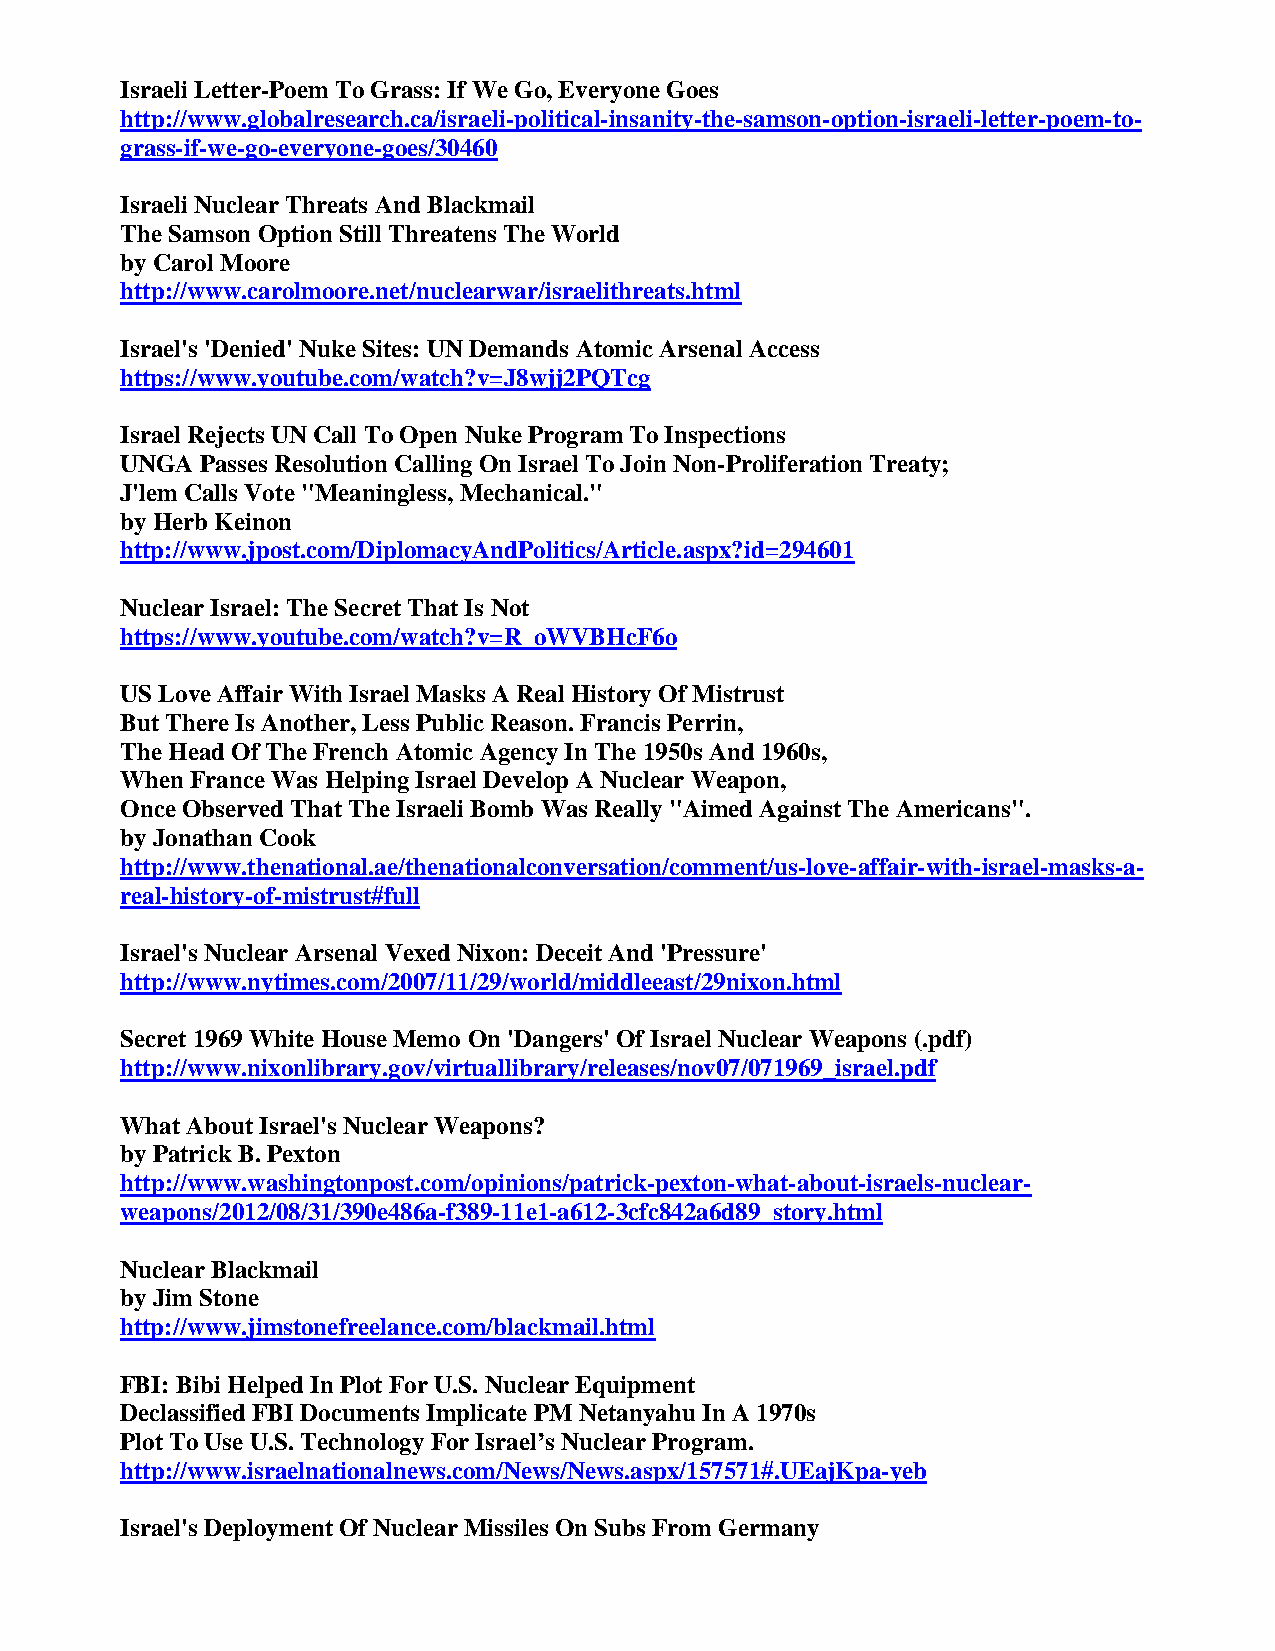
Israeli Letter-Poem To Grass: If We Go, Everyone Goes
 http://www.globalresearch.ca/israeli-political-insanity-the-samson-option-israeli-letter-poem-to-
 grass-if-we-go-everyone-goes/30460
 Israeli Nuclear Threats And Blackmail
 The Samson Option Still Threatens The World
 by Carol Moore
 http://www.carolmoore.net/nuclearwar/israelithreats.html
 Israel's 'Denied' Nuke Sites: UN Demands Atomic Arsenal Access
 https://www.youtube.com/watch?v=J8wjj2PQTcg
 Israel Rejects UN Call To Open Nuke Program To Inspections
 UNGA Passes Resolution Calling On Israel To Join Non-Proliferation Treaty;
 J'lem Calls Vote "Meaningless, Mechanical."
 by Herb Keinon
 http://www.jpost.com/DiplomacyAndPolitics/Article.aspx?id=294601
 Nuclear Israel: The Secret That Is Not
 https://www.youtube.com/watch?v=R_oWVBHcF6o
 US Love Affair With Israel Masks A Real History Of Mistrust
 But There Is Another, Less Public Reason. Francis Perrin,
 The Head Of The French Atomic Agency In The 1950s And 1960s,
 When France Was Helping Israel Develop A Nuclear Weapon,
 Once Observed That The Israeli Bomb Was Really "Aimed Against The Americans".
 by Jonathan Cook
 http://www.thenational.ae/thenationalconversation/comment/us-love-affair-with-israel-masks-a-
 real-history-of-mistrust#full
 Israel's Nuclear Arsenal Vexed Nixon: Deceit And 'Pressure'
 http://www.nytimes.com/2007/11/29/world/middleeast/29nixon.html
 Secret 1969 White House Memo On 'Dangers' Of Israel Nuclear Weapons (.pdf)
 http://www.nixonlibrary.gov/virtuallibrary/releases/nov07/071969_israel.pdf
 What About Israel's Nuclear Weapons?
 by Patrick B. Pexton
 http://www.washingtonpost.com/opinions/patrick-pexton-what-about-israels-nuclear-
 weapons/2012/08/31/390e486a-f389-11e1-a612-3cfc842a6d89_story.html
 Nuclear Blackmail
 by Jim Stone
 http://www.jimstonefreelance.com/blackmail.html
 FBI: Bibi Helped In Plot For U.S. Nuclear Equipment
 Declassified FBI Documents Implicate PM Netanyahu In A 1970s
 Plot To Use U.S. Technology For Israel’s Nuclear Program.
 http://www.israelnationalnews.com/News/News.aspx/157571#.UEajKpa-yeb
 Israel's Deployment Of Nuclear Missiles On Subs From Germany